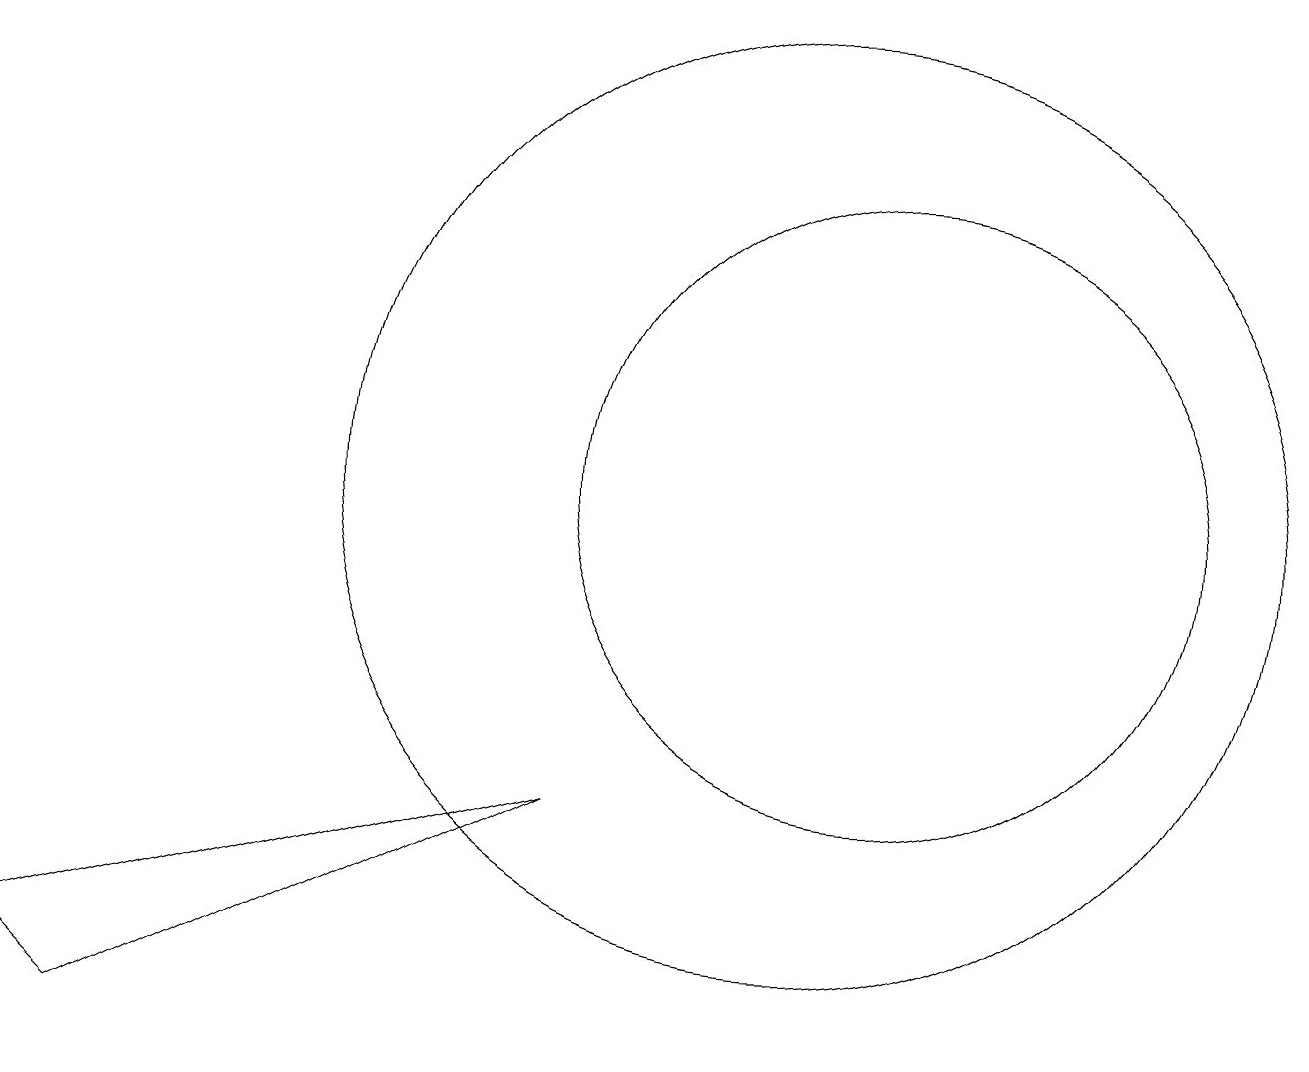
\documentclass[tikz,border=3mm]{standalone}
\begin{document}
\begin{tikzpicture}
\draw (7,6) -- (0,4) -- (1,3) -- cycle;
\draw (11,10) circle (4);
\draw (10,10) circle (6);
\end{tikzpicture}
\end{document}